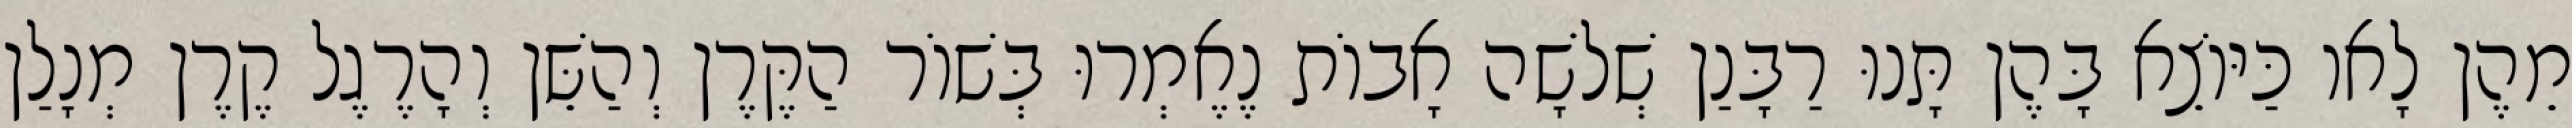
מֵהֶן לָאו כַּיּוֹצֵא בָּהֶן תָּנוּ רַבָּנַן שְׁלֹשָׁה אָבוֹת נֶאֶמְרוּ בְּשׁוֹר הַקֶּרֶן וְהַשֵּׁן וְהָרֶגֶל קֶרֶן מְנָלַן